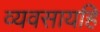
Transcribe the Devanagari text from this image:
व्यवसायहि